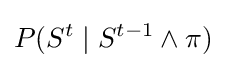
P(S^{t}\mid S^{t-1}\wedge \pi )